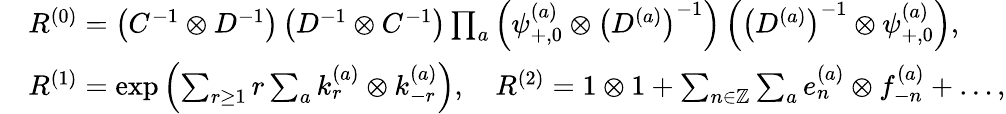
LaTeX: \begin{array}{rl}&{R^{(0)}=\left(C^{-1}\otimes D^{-1}\right)\left(D^{-1}\otimes C^{-1}\right)\prod_{a}\left(\psi_{+,0}^{(a)}\otimes\left(D^{(a)}\right)^{-1}\right)\left(\left(D^{(a)}\right)^{-1}\otimes\psi_{+,0}^{(a)}\right),}\\ &{R^{(1)}=\mathrm{exp}\left(\sum_{r\geq 1}r\sum_{a}k_{r}^{(a)}\otimes k_{-r}^{(a)}\right),\quad R^{(2)}=1\otimes 1+\sum_{n\in\mathbb{Z}}\sum_{a}e_{n}^{(a)}\otimes f_{-n}^{(a)}+\dots,}\end{array}